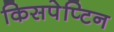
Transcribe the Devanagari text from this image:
किसपेप्टिन